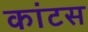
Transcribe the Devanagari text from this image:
कांटस